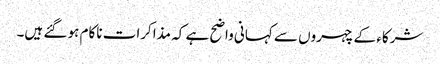
شرکاء کے چہروں سے کہانی واضح ہے کہ مذاکرات ناکام ہو گئے ہیں۔